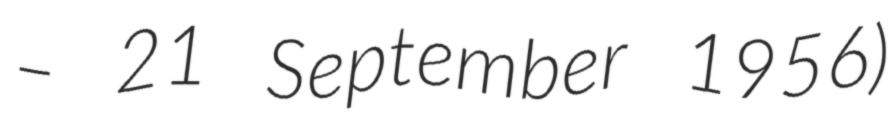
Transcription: – 21 September 1956)